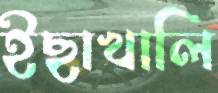
ইছাখালি